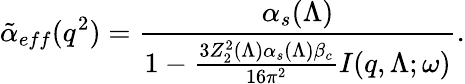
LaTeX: {\tilde{\alpha}}_{eff}(q^{2})={\frac{\alpha_{s}(\Lambda)}{1-{\frac{3Z_{2}^{2}(\Lambda)\alpha_{s}(\Lambda)\beta_{c}}{16\pi^{2}}}I(q,\Lambda;\omega)}}.